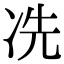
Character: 冼